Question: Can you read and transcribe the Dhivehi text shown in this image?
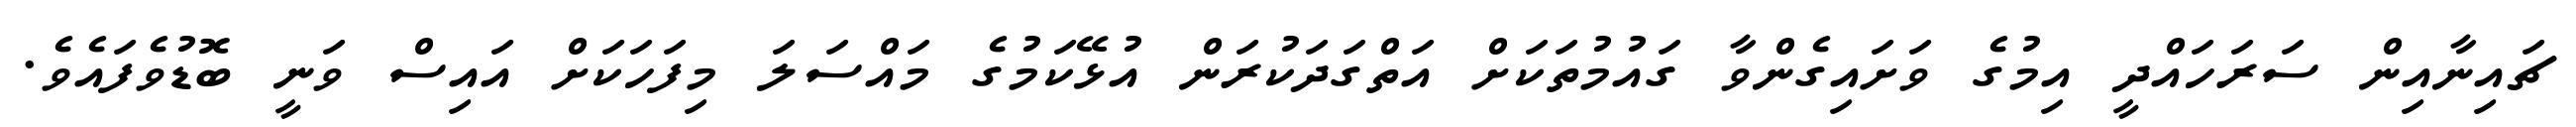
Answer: ޗައިނާއިން ސަރަހައްދީ އިމުގެ ވަށައިގެންވާ ގައުމުތަކަށް އަތްގަދަކުރަން އުޅޭކަމުގެ މައްސަލަ މިފަހަކަށް އައިސް ވަނީ ބޮޑުވެފައެވެ.